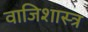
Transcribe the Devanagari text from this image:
वाजिशास्त्र